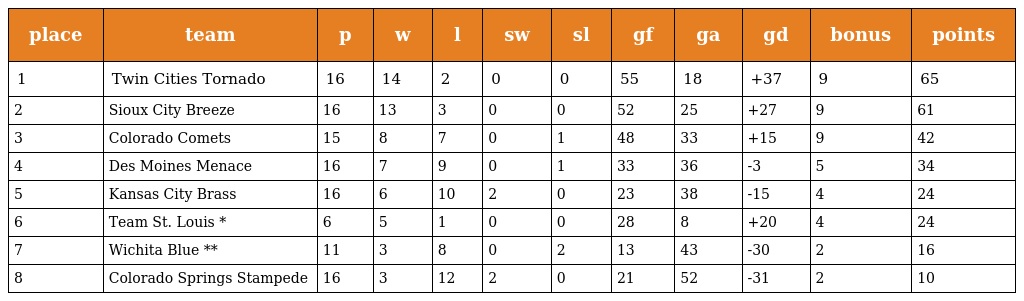
| place | team | p | w | l | sw | sl | gf | ga | gd | bonus | points |
 | --- | --- | --- | --- | --- | --- | --- | --- | --- | --- | --- | --- |
 | 1 | Twin Cities Tornado | 16 | 14 | 2 | 0 | 0 | 55 | 18 | +37 | 9 | 65 |
 | 2 | Sioux City Breeze | 16 | 13 | 3 | 0 | 0 | 52 | 25 | +27 | 9 | 61 |
 | 3 | Colorado Comets | 15 | 8 | 7 | 0 | 1 | 48 | 33 | +15 | 9 | 42 |
 | 4 | Des Moines Menace | 16 | 7 | 9 | 0 | 1 | 33 | 36 | -3 | 5 | 34 |
 | 5 | Kansas City Brass | 16 | 6 | 10 | 2 | 0 | 23 | 38 | -15 | 4 | 24 |
 | 6 | Team St. Louis * | 6 | 5 | 1 | 0 | 0 | 28 | 8 | +20 | 4 | 24 |
 | 7 | Wichita Blue ** | 11 | 3 | 8 | 0 | 2 | 13 | 43 | -30 | 2 | 16 |
 | 8 | Colorado Springs Stampede | 16 | 3 | 12 | 2 | 0 | 21 | 52 | -31 | 2 | 10 |